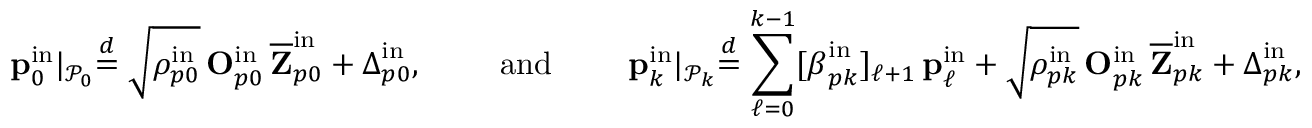
\mathbf { p } _ { 0 } ^ { \mathrm { i n } } \lvert _ { \mathcal { P } _ { 0 } } \stackrel { d } { = } \sqrt { \rho _ { p 0 } ^ { \mathrm { i n } } } \, \mathbf { O } _ { p 0 } ^ { \mathrm { i n } } \, \overline { { \mathbf { Z } } } _ { p 0 } ^ { \mathrm { i n } } + \boldsymbol { \Delta } _ { p 0 } ^ { \mathrm { i n } } , \qquad \mathrm { ~ a n d ~ } \qquad \mathbf { p } _ { k } ^ { \mathrm { i n } } \lvert _ { \mathcal { P } _ { k } } \stackrel { d } { = } \sum _ { \ell = 0 } ^ { k - 1 } [ \boldsymbol { \beta } _ { p k } ^ { \mathrm { i n } } ] _ { \ell + 1 } \, \mathbf { p } _ { \ell } ^ { \mathrm { i n } } + \sqrt { \rho _ { p k } ^ { \mathrm { i n } } } \, \mathbf { O } _ { p k } ^ { \mathrm { i n } } \, \overline { { \mathbf { Z } } } _ { p k } ^ { \mathrm { i n } } + \boldsymbol { \Delta } _ { p k } ^ { \mathrm { i n } } ,